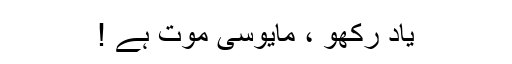
یاد رکھو ، مایوسی موت ہے ‫!